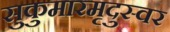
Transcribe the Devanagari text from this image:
सुकुमारमृदुस्वर